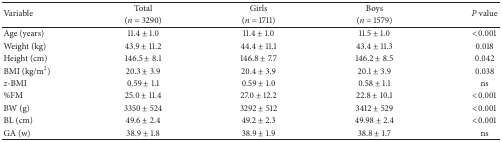
| <ROWSPAN=2> Variable | Total | Girls | Boys | <ROWSPAN=2> P value |
 | (n = 3290) | (n = 1711) | (n = 1579) |
 | --- | --- | --- | --- | --- |
 | Age (years) | 11.4 ± 1.0 | 11.4 ± 1.0 | 11.5 ± 1.0 | <0.001 |
 | Weight (kg) | 43.9 ± 11.2 | 44.4 ± 11.1 | 43.4 ± 11.3 | 0.018 |
 | Height (cm) | 146.5 ± 8.1 | 146.8 ± 7.7 | 146.2 ± 8.5 | 0.042 |
 | BMI (kg/m2) | 20.3 ± 3.9 | 20.4 ± 3.9 | 20.1 ± 3.9 | 0.038 |
 | z-BMI | 0.59 ± 1.1 | 0.59 ± 1.0 | 0.58 ± 1.1 | ns |
 | %FM | 25.0 ± 11.4 | 27.0 ± 12.2 | 22.8 ± 10.1 | <0.001 |
 | BW (g) | 3350 ± 524 | 3292 ± 512 | 3412 ± 529 | <0.001 |
 | BL (cm) | 49.6 ± 2.4 | 49.2 ± 2.3 | 49.98 ± 2.4 | <0.001 |
 | GA (w) | 38.9 ± 1.8 | 38.9 ± 1.9 | 38.8 ± 1.7 | ns |